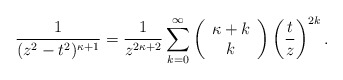
\begin{align*}\frac{1}{(z^2 - t^2)^{\kappa+1}} = \frac{1}{z^{2\kappa+2}}\sum_{k=0}^\infty \left(\begin{array}{c} \kappa + k \\ k\end{array}\right)\left(\frac{t}{z}\right)^{2k}.\end{align*}